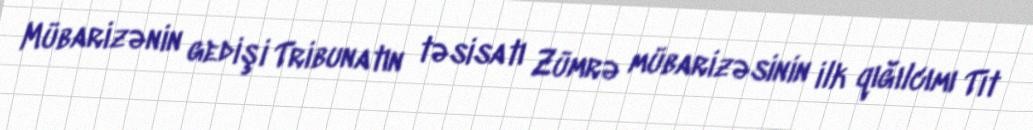
Mübarizənin gedişi Tribunatın təsisatı Zümrə mübarizəsinin ilk qığılcımı Tit